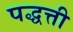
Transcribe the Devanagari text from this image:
पद्धत्ती